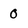
Character: 0